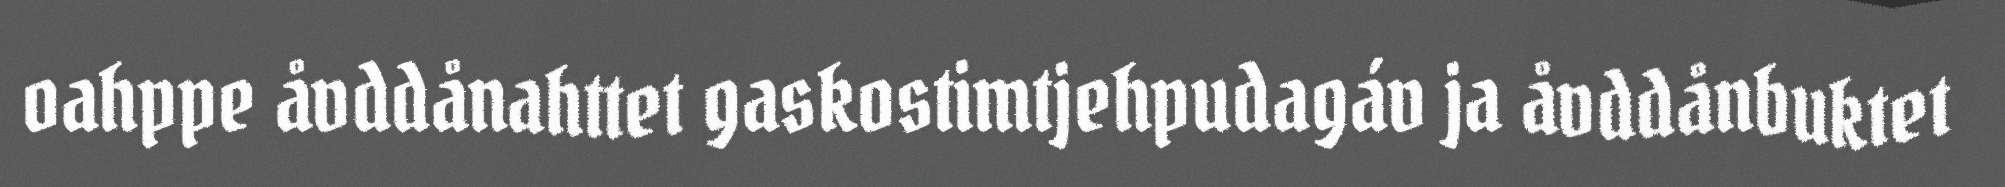
oahppe åvddånahttet gaskostimtjehpudagáv ja åvddånbuktet